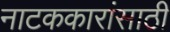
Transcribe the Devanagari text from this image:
नाटककारांसाठी